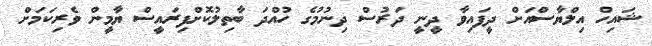
ޝައިހް އިލްޔާސްއަށް ދީފައިވާ ދީނީ ދަރުސް ދިނުމުގެ ހުއްދަ ބާތިލުކޮށްފިރައީސް ޔާމީން ވެރިކަމަށް